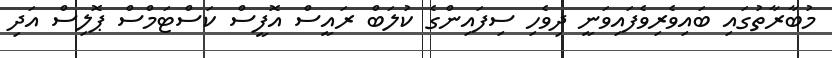
މުބާރާތުގައި ބައިވެރިވެފައިވަނީ ދިވެހި ސިފައިންގެ ކުލަބް ރައީސް އޮފީސް ކަސްޓަމްސް ޕޮލިސް އަދި